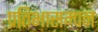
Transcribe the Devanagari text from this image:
प्रतिभासम्पन